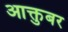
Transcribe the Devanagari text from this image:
आक्तुबर